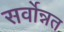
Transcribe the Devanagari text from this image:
सर्वोन्नत